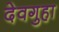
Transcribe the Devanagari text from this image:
देवगुहा